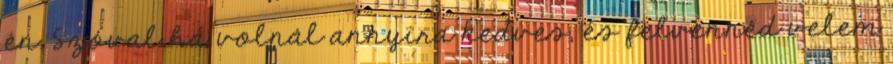
én. Szóval ha volnál annyira kedves, és felvennéd velem